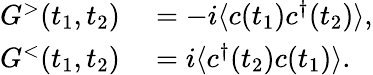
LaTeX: \begin{array}{rl}{G^{>}(t_{1},t_{2})}&{{}=-i\langle c(t_{1})c^{\dagger}(t_{2})\rangle,}\\ {G^{<}(t_{1},t_{2})}&{{}=i\langle c^{\dagger}(t_{2})c(t_{1})\rangle.}\end{array}